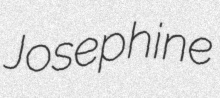
Josephine